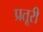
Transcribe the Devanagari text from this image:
प्रतूरी